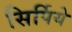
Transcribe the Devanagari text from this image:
सिर्पिये